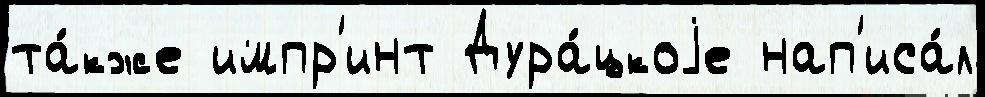
та́кже импр'инт Дура́цкоjе нап'иса́л